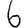
Digit: 6